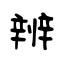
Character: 辨